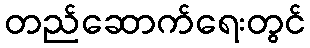
တည်ဆောက်ရေးတွင်